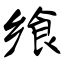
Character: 飨